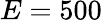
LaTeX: E=500